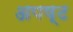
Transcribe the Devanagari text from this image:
अपष्ट